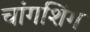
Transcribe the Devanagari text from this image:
चांगशिंग